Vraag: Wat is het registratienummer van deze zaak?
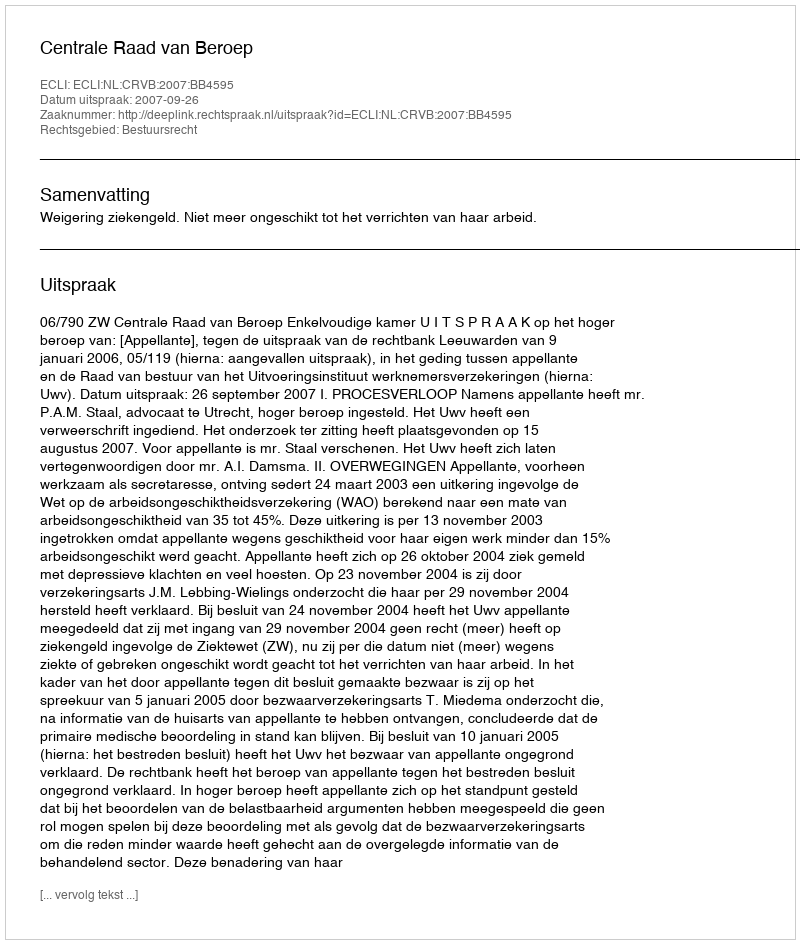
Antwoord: http://deeplink.rechtspraak.nl/uitspraak?id=ECLI:NL:CRVB:2007:BB4595